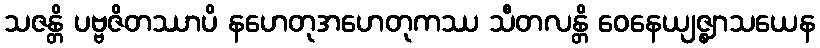
သဇန္တိ ပဗ္ဗဇိတဿာပိ နဟေတုအဟေတုကဿ သီတလန္တိ ဝေနေယျဇ္ဈာသယေန